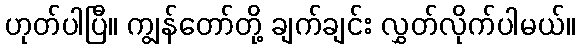
ဟုတ်ပါပြီ။ ကျွန်တော်တို့ ချက်ချင်း လွှတ်လိုက်ပါမယ်။